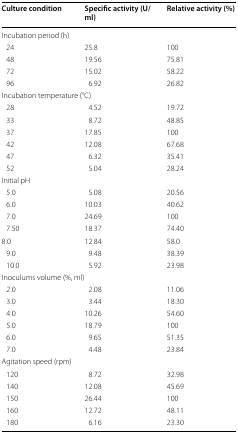
| Culture condition | Specific activity (U/ml) | Relative activity (%) |
 | --- | --- | --- |
 | <COLSPAN=3> Incubation period (h) |
 | 24 | 25.8 | 100 |
 | 48 | 19.56 | 75.81 |
 | 72 | 15.02 | 58.22 |
 | 96 | 6.92 | 26.82 |
 | <COLSPAN=3> Incubation temperature (°C) |
 | 28 | 4.52 | 19.72 |
 | 33 | 8.72 | 48.85 |
 | 37 | 17.85 | 100 |
 | 42 | 12.08 | 67.68 |
 | 47 | 6.32 | 35.41 |
 | 52 | 5.04 | 28.24 |
 | <COLSPAN=3> Initial pH |
 | 5.0 | 5.08 | 20.56 |
 | 6.0 | 10.03 | 40.62 |
 | 7.0 | 24.69 | 100 |
 | 7.50 | 18.37 | 74.40 |
 | 8.0 | 12.84 | 58.0 |
 | 9.0 | 9.48 | 38.39 |
 | 10.0 | 5.92 | 23.98 |
 | <COLSPAN=3> Inoculums volume (%, ml) |
 | 2.0 | 2.08 | 11.06 |
 | 3.0 | 3.44 | 18.30 |
 | 4.0 | 10.26 | 54.60 |
 | 5.0 | 18.79 | 100 |
 | 6.0 | 9.65 | 51.35 |
 | 7.0 | 4.48 | 23.84 |
 | <COLSPAN=3> Agitation speed (rpm) |
 | 120 | 8.72 | 32.98 |
 | 140 | 12.08 | 45.69 |
 | 150 | 26.44 | 100 |
 | 160 | 12.72 | 48.11 |
 | 180 | 6.16 | 23.30 |